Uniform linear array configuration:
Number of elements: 24
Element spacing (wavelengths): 0.25
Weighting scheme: cosine
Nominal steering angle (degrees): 15
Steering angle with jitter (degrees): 13.786
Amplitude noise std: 0.05
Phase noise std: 0.05

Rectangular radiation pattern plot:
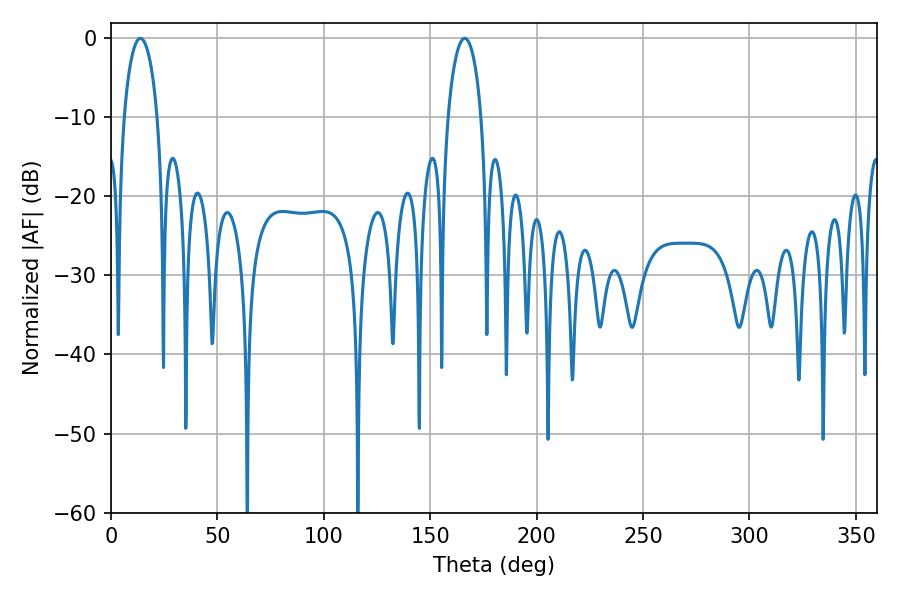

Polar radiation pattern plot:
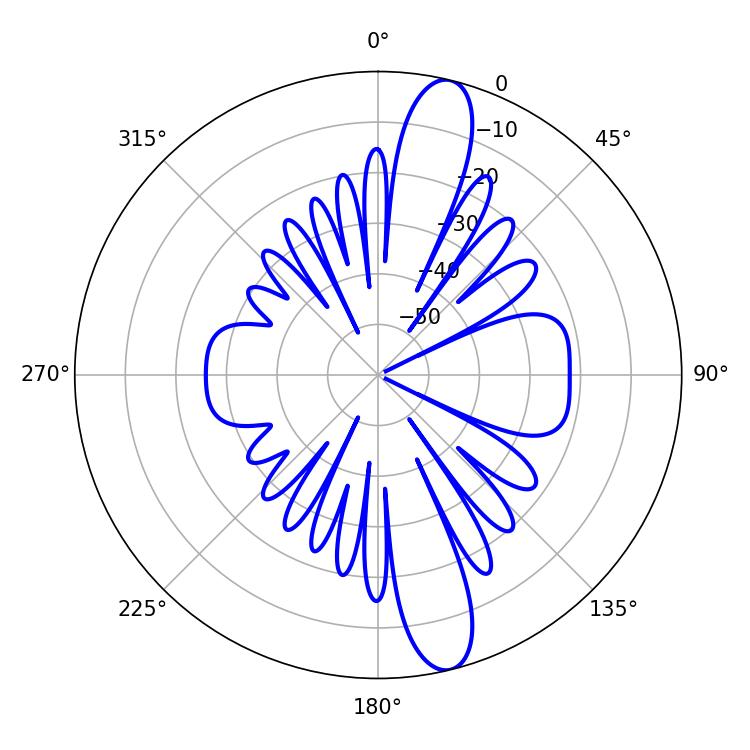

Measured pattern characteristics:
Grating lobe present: FALSE
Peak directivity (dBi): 13.731
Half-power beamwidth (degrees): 9
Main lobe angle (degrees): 13.86